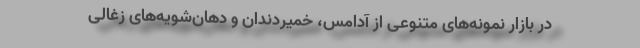
در بازار نمونه‌های متنوعی از آدامس، خمیردندان و دهان‌شویه‌های زغالی